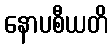
နောပစီယတိ